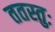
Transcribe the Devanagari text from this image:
ततस्तुः